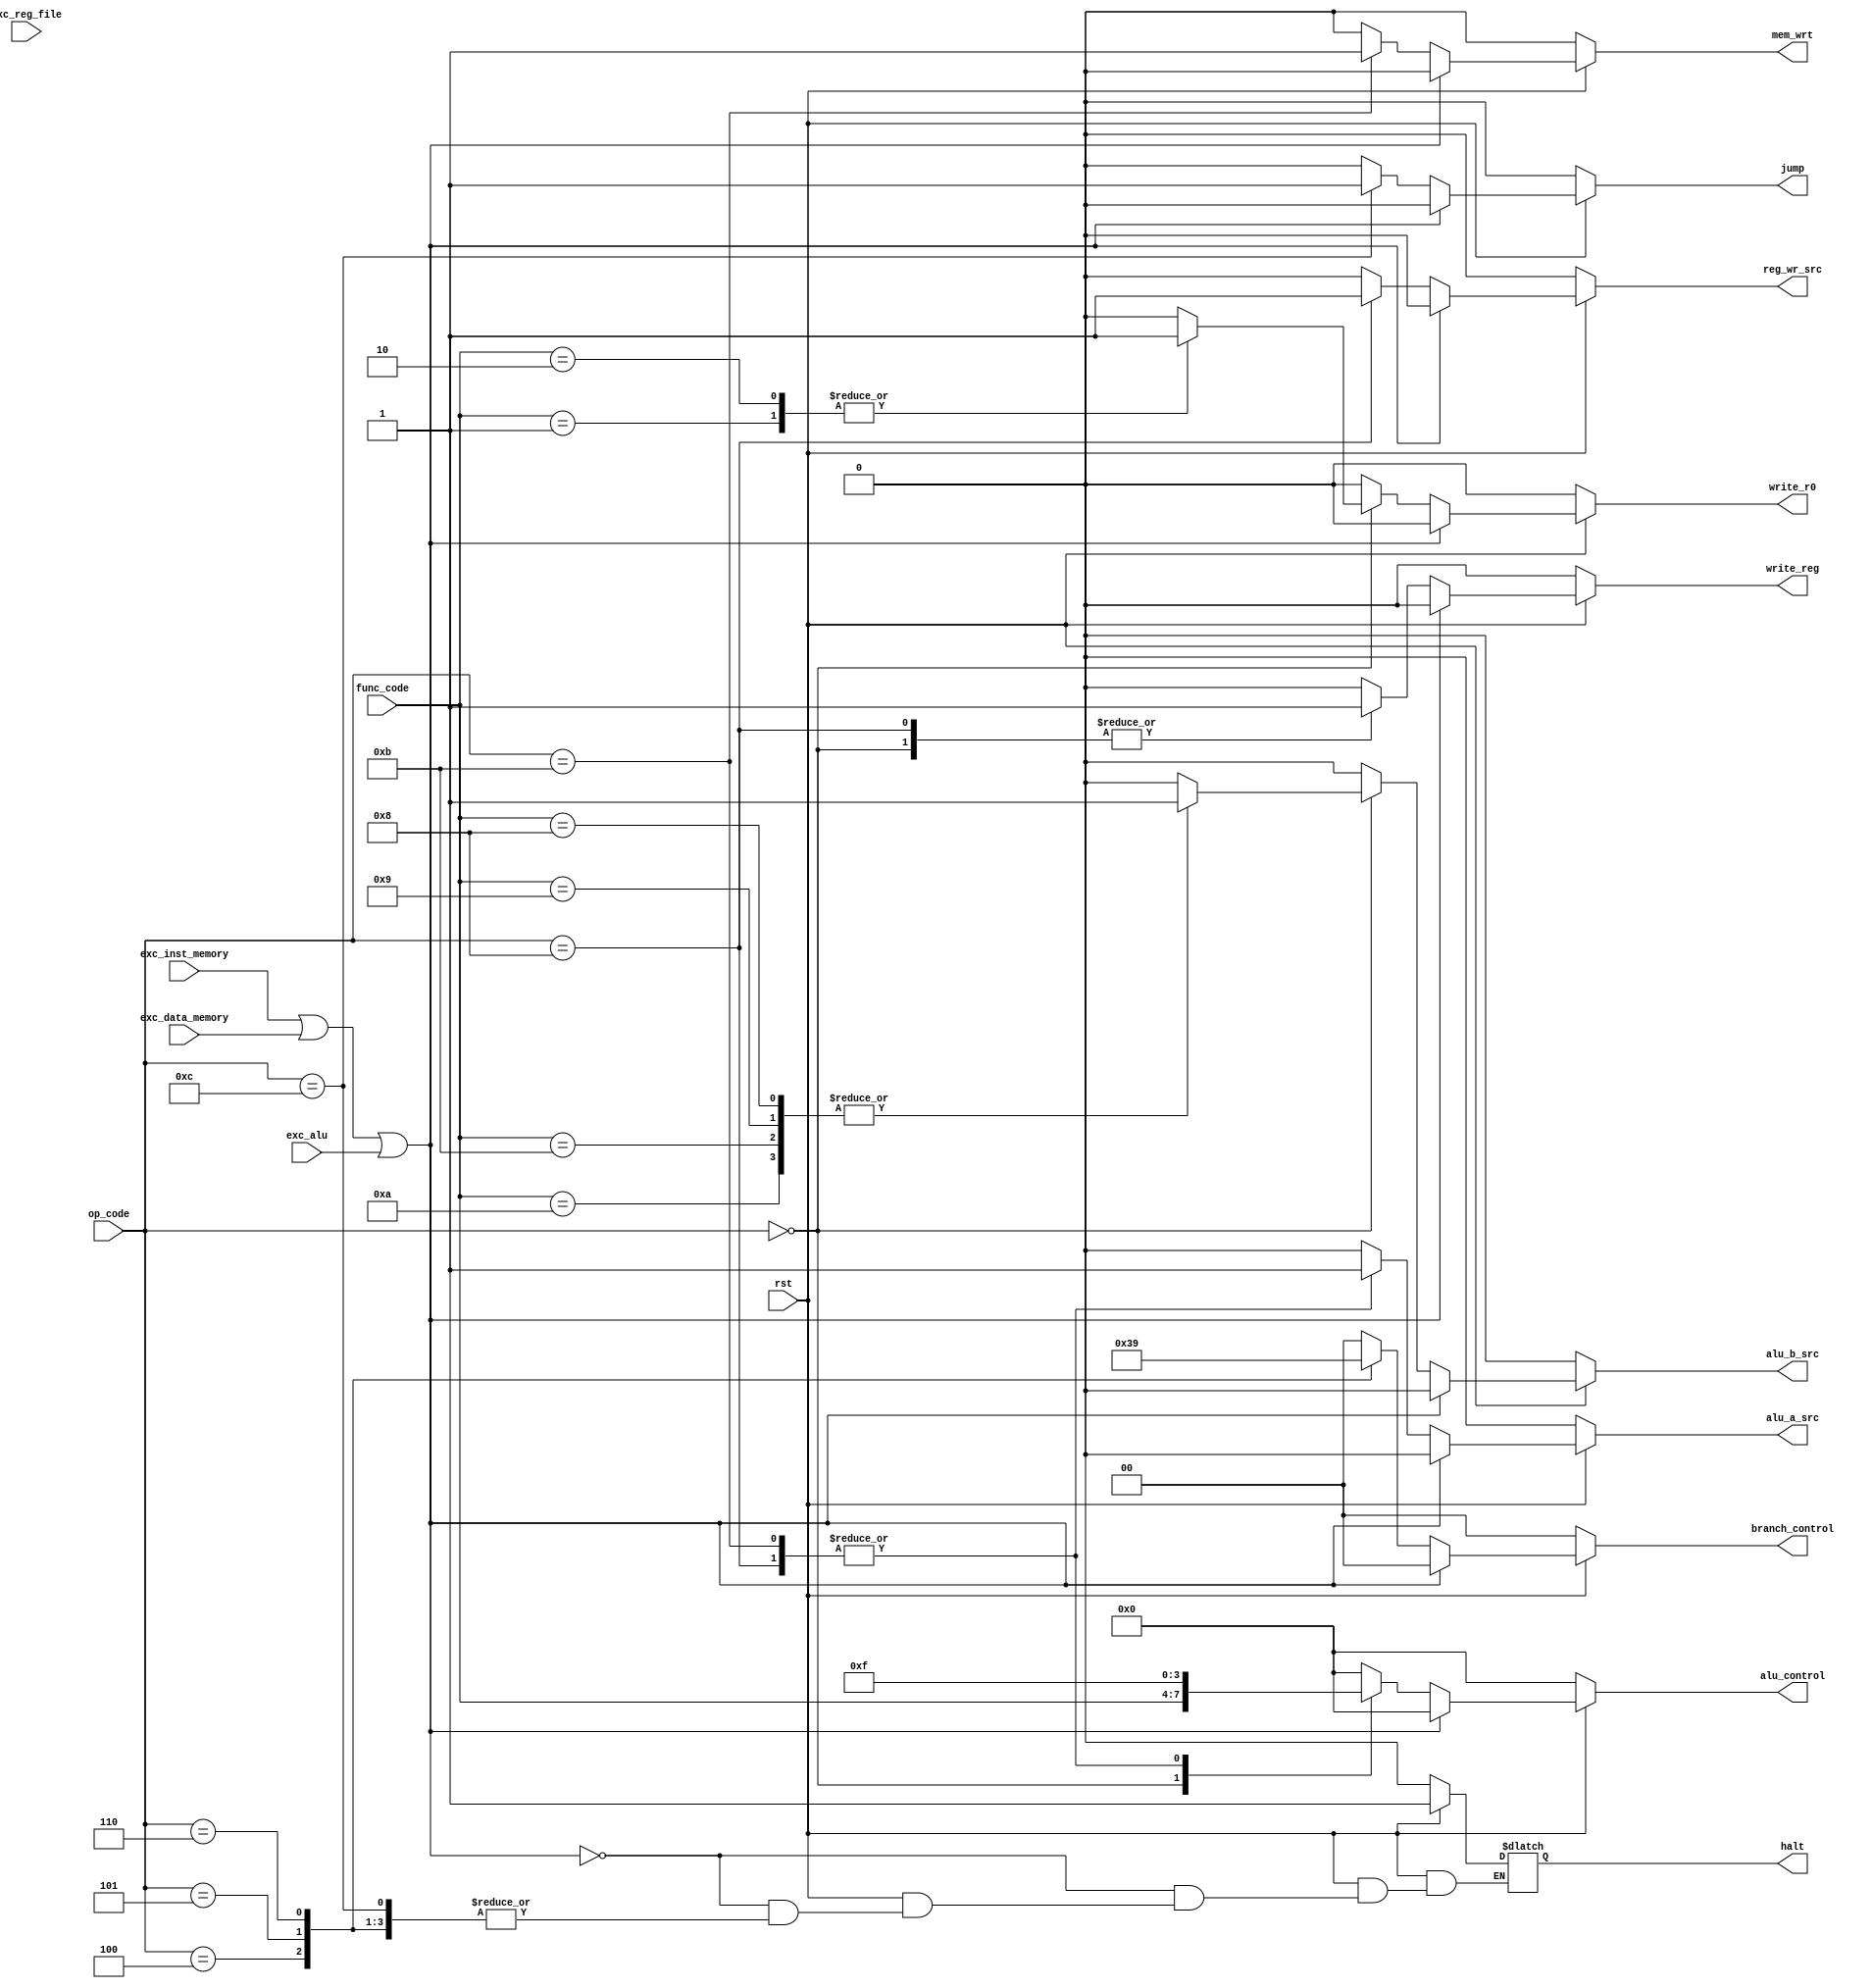
/* control.v
 * The central control unit for the cpu design
 * Written by Daniel Gallegos and Brandon Ortiz
 * CSC142, Fall 2014, CSUS
*/

module control(rst, op_code, func_code, exc_inst_memory, exc_alu, exc_data_memory, exc_reg_file, jump, 
                halt, write_reg, write_r0, branch_control, mem_wrt, alu_control, alu_a_src, alu_b_src, reg_wr_src
            	);

//Parameters
parameter FUNCTION_CODE_WIDTH = 4;
parameter OP_CODE_WIDTH = 4;
parameter BRANCH_CONTROL_WIDTH = 2;
parameter ALU_CONTROL_WIDTH = 4;

//Op codes
parameter ALU = 4'b0;
parameter LW = 4'b1000;
parameter SW = 4'b1011;
parameter BLT = 4'b0100;
parameter BGT = 4'b0101;
parameter BEQ = 4'b0110;
parameter JMP = 4'b1100;
parameter HALT = 4'b1111;

//Function codes
parameter ADD = 4'b1111;
parameter SUB = 4'b1110;
parameter AND = 4'b1101;
parameter OR = 4'b1100;
parameter MUL = 4'b0001;
parameter DIV = 4'b0010;
parameter SLL = 4'b1010;
parameter SLR = 4'b1011;
parameter ROL = 4'b1001;
parameter ROR = 4'b1000;
	
//I/O ports		 	
input rst;
input [OP_CODE_WIDTH-1:0] op_code;
input [FUNCTION_CODE_WIDTH-1:0] func_code;
input exc_inst_memory, exc_alu, exc_data_memory, exc_reg_file;

//Outputs defined as registers
output reg jump, halt, write_reg, write_r0;
output reg [BRANCH_CONTROL_WIDTH-1:0] branch_control;
output reg mem_wrt;
output reg [ALU_CONTROL_WIDTH-1:0] alu_control;
output reg alu_a_src, alu_b_src, reg_wr_src;

//Procedural blocks
always @(*)
begin
    if (!rst)
    begin
        jump = 0;       
        halt = 0;
        write_reg = 0;
        write_r0 = 0;    
        branch_control = 0;
        mem_wrt = 0;
        alu_control = 0;
        alu_a_src = 0;
        alu_b_src = 0;
        reg_wr_src = 0;
    end
    else
    begin
        //zero out the control signals
        jump = 0;    
        write_reg = 0;
        write_r0 = 0;
        branch_control = 0;
        mem_wrt = 0;
        alu_control = 0;
        alu_a_src = 0;
        alu_b_src = 0;
        reg_wr_src = 0;

        //check for exceptions
        if (exc_inst_memory ||  exc_data_memory || exc_alu)
        begin
            halt = 1;
            $display("Exception signal received %b", {exc_inst_memory,exc_data_memory,exc_alu});
        end	
        else //check opcodes
         begin
            case (op_code)
                ALU:
                    begin
                    case (func_code)
                        MUL: 
                            write_r0 = 1;
                        
                        DIV: 
                            write_r0 = 1;

                        SLL: 
                            alu_b_src = 1;

                        SLR: 
                            alu_b_src = 1;

                        ROL:
                            alu_b_src = 1;

                        ROR: 
                            alu_b_src = 1;
                    endcase

                    write_reg = 1;
                    alu_control = func_code;
                end

                LW:
                begin
                    alu_a_src = 1;
                    write_reg = 1;
                    reg_wr_src = 1;
                    alu_control = ADD;
                end

                SW:
                    begin
                    alu_a_src = 1;
                    mem_wrt = 1;
                    alu_control = ADD;
                end

                BLT:
                    branch_control = 2'b11;

                BGT:
                    branch_control = 2'b10;
            
                BEQ:
                    branch_control = 2'b01;
            
                JMP:
                    jump = 1;
                
                HALT:
                    halt = 1;

                default: 
                begin
                    halt = 1;
                    $display("Invalid opcode received = %d", op_code);
                end
            endcase
        end
    end
end

endmodule	

//-----------------------------END OF FILE-------------------------------------